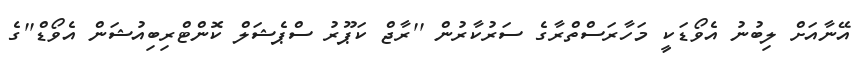
އޭނާއަށް ލިބުނު އެވޯޑަކީ މަހާރަސްތްރާގެ ސަރުކާރުން ''ރާޖް ކަޕޫރު ސްޕެޝަލް ކޮންޓްރިބިއުޝަން އެވޯޑް''ގެ